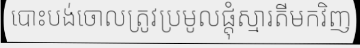
បោះបង់ចោលត្រូវប្រមូលផ្តុំស្មារតីមកវិញ